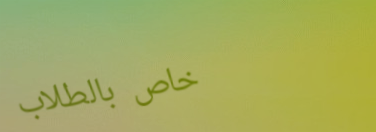
خاص بالطلاب